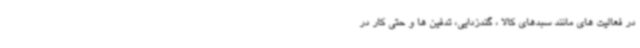
در فعالیت های مانند سبدهای کالا ، گندزدایی، تدفین ها و حتی کار در